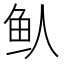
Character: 𬶁